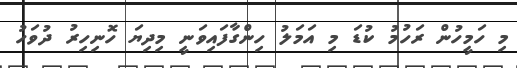
މި ހަމީހުން ރަހުމު ކުޑަ މި އަމަލު ހިންގާފައިވަނީ މިދިޔަ ހޮނިހިރު ދުވަހު